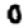
Digit: 0